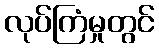
လုပ်ကြံမှုတွင်